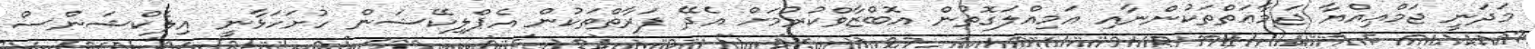
މަދަނީ ޖަމްޢިއްޔާ ޖަމާޢަތްތަކުންނާއި އަމިއްލަގޮތުން އޮބްޒާވްކުރުމަށް އެދޭ ފަރާތްތަކުން އެޕްލިކޭޝަން ހުށަހަޅާނީ އިލެކްޝަންސް